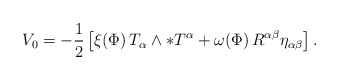
\begin{align*}V_0=-{1\over 2}\left[\xi(\Phi)\,T_\alpha\wedge\ast T^\alpha +\omega(\Phi)\, R^{\alpha\beta}\eta_{\alpha\beta}\right].\end{align*}